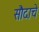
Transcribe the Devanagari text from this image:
सौदाचे